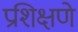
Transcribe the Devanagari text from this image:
प्रशिक्षणे